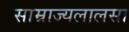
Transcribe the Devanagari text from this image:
साम्राज्यलालसा